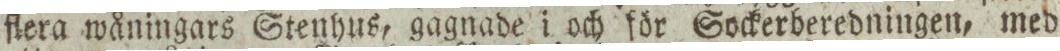
flera wåningars Stenhus, gagnade i och för Sockerberedningen, med